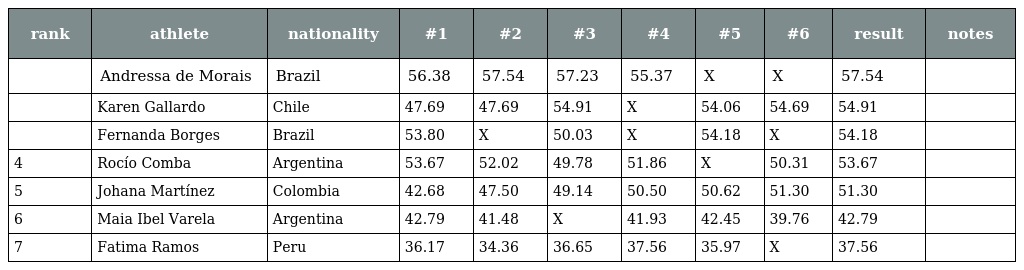
| rank | athlete | nationality | #1 | #2 | #3 | #4 | #5 | #6 | result | notes |
 | --- | --- | --- | --- | --- | --- | --- | --- | --- | --- | --- |
 |  | Andressa de Morais | Brazil | 56.38 | 57.54 | 57.23 | 55.37 | X | X | 57.54 |  |
 |  | Karen Gallardo | Chile | 47.69 | 47.69 | 54.91 | X | 54.06 | 54.69 | 54.91 |  |
 |  | Fernanda Borges | Brazil | 53.80 | X | 50.03 | X | 54.18 | X | 54.18 |  |
 | 4 | Rocío Comba | Argentina | 53.67 | 52.02 | 49.78 | 51.86 | X | 50.31 | 53.67 |  |
 | 5 | Johana Martínez | Colombia | 42.68 | 47.50 | 49.14 | 50.50 | 50.62 | 51.30 | 51.30 |  |
 | 6 | Maia Ibel Varela | Argentina | 42.79 | 41.48 | X | 41.93 | 42.45 | 39.76 | 42.79 |  |
 | 7 | Fatima Ramos | Peru | 36.17 | 34.36 | 36.65 | 37.56 | 35.97 | X | 37.56 |  |